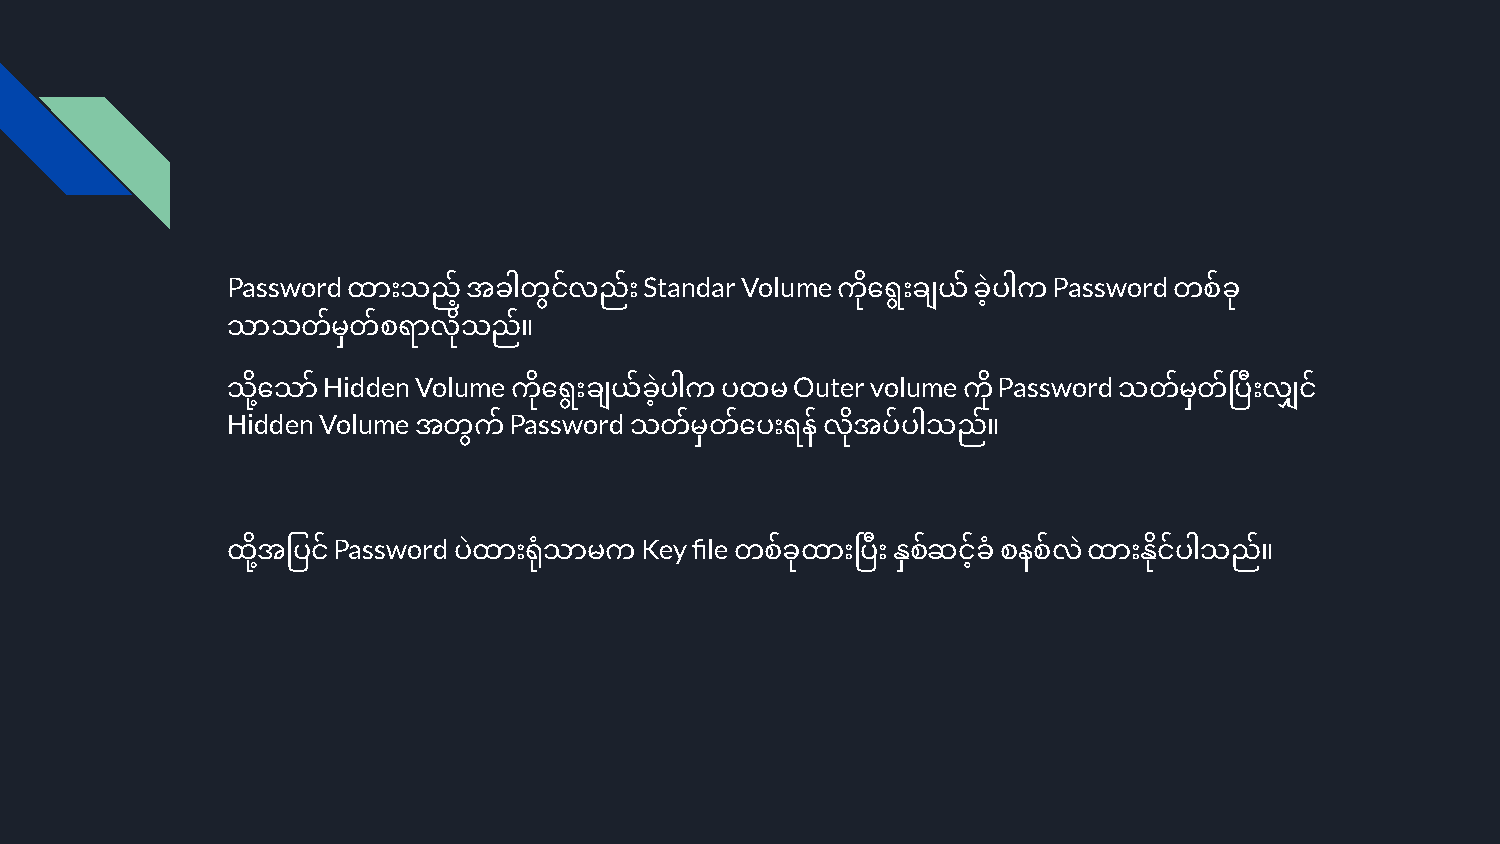
Password                    Standar Volume             Password
 ထားသည့်အခါတငွ  ်လည်း            ကိုေရွးချယ်ခဲ့ပါက      တစ်ခု
 သာသတ်မှတ်စရာလိသု  ည်။
 Hidden Volume                   Outer volume Password
 သု့ိေသာ်           ကိုေရွးချယ်ခဲ့ပါကပထမ          ကို       သတ်မှတ်  ပီးလျှင်
 Hidden Volume      Password
 အတကွ  ်        သတ်မှတ်ေပးရန်လိအု ပ်ပါသည်။
 Password            Key file
 ထု့ိအြပင်      ပဲထားရုံသာမက       တစ်ခုထား  ပီးနှစ်ဆင်ခ့ ံ စနစ်လဲထားနငုိ ်ပါသည်။